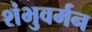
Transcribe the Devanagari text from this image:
शंभुवर्मन